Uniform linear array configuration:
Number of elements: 64
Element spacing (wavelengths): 0.5
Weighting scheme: exponential
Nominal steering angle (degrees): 30
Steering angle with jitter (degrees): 31.355
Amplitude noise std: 0.05
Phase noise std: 0.05

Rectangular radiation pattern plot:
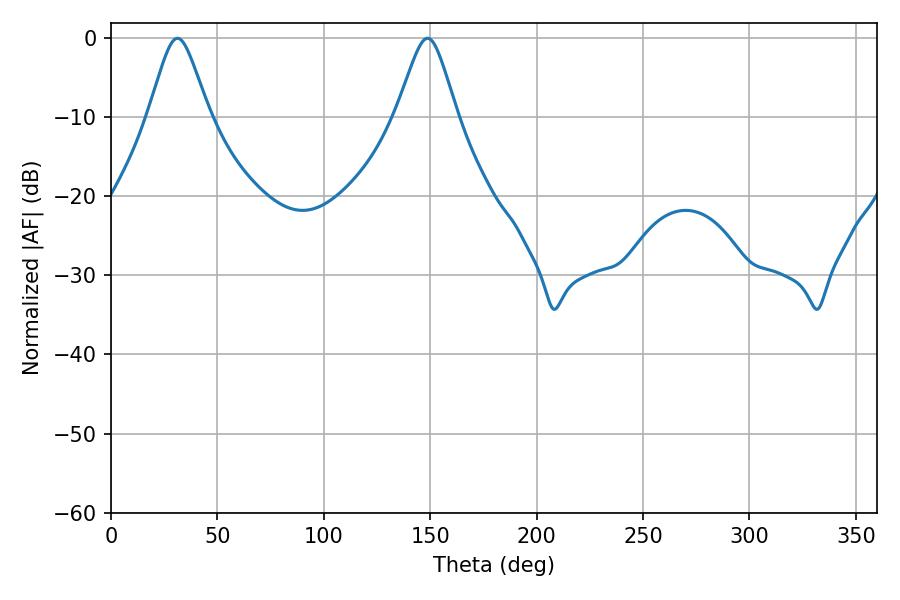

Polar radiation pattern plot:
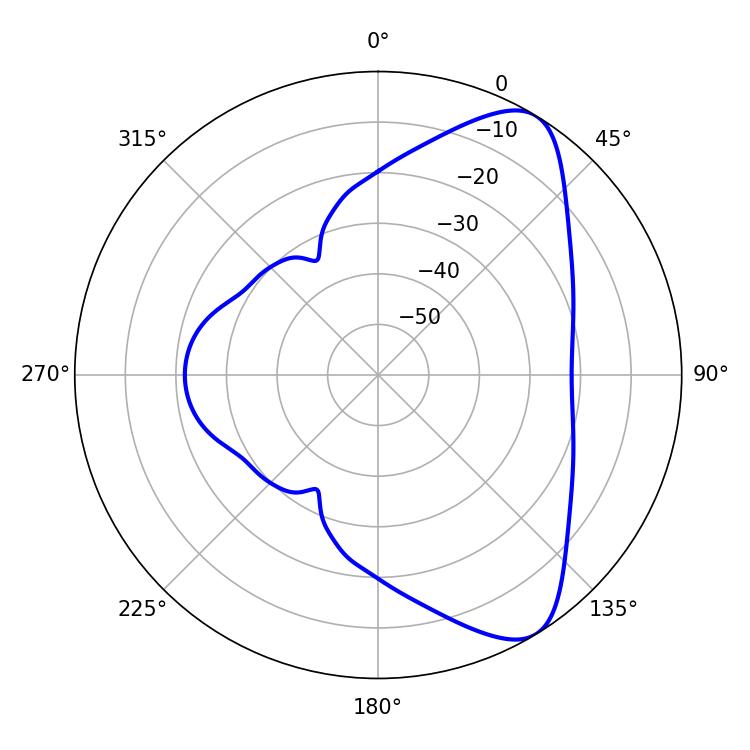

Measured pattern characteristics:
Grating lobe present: FALSE
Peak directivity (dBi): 8.106
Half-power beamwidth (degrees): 13.5
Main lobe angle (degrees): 31.32